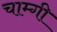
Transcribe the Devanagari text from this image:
चाम्गी